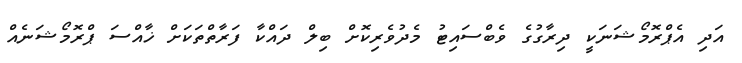
އަދި އެޕްރޮމޯޝަނަކީ ދިރާގުގެ ވެބްސައިޓު މެދުވެރިކޮށް ބިލް ދައްކާ ފަރާތްތަކަށް ޚާއްސަ ޕްރޮމޯޝަނެއް